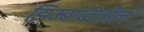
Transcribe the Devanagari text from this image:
झिम्बाब्वेतील